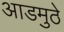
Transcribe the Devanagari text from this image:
आडमुठे